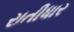
રાતીધાર